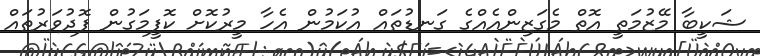
ޝަކީބާ މޭޒުމަތީ އޮތް މެގަޒިންއެއްގެ ގަނޑުތައް އުކަމުން އެހާ މީރުކޮށް ކޮފީމަގުން ފޮދުވަރުތައް